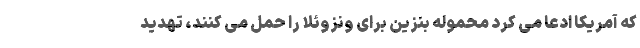
که آمریکا ادعا می کرد محموله بنزین برای ونزوئلا را حمل می کنند، تهدید